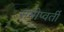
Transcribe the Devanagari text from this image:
समीप्वर्ती